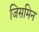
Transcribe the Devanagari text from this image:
जिसमिन